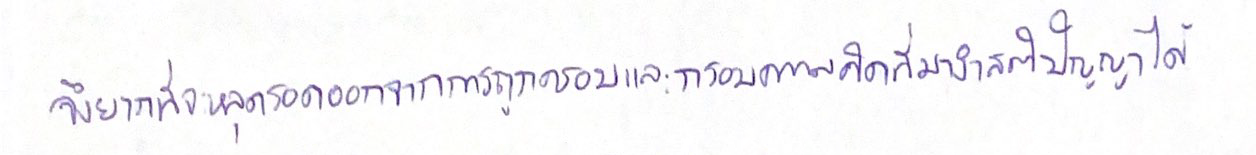
จึงยากที่จะหลุดรอดออกจากการถูกครอบและกรอบความคิดที่มางำสติปัญญาได้